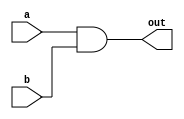
module and_gate (
    input wire a,      // Input A
    input wire b,      // Input B
    output wire out    // Output
);
    // Continuous assignment for AND operation
    assign out = a & b;
endmodule